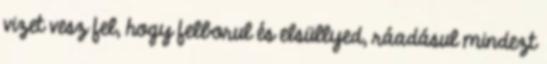
vizet vesz fel, hogy felborul és elsüllyed, ráadásul mindezt